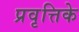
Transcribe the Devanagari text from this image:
प्रवृत्तिके